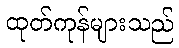
ထုတ်ကုန်များသည်